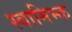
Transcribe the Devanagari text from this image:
स्वामिभ्क्त